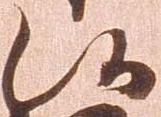
候